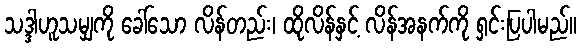
သဒ္ဒါဟူသမျှကို ခေါ်သော လိန်တည်း၊ ထိုလိန်နှင့် လိန်အနက်ကို ရှင်းပြပါမည်။